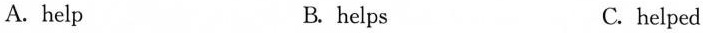
A.help B. helps C. helped